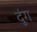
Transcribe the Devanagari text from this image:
दुंग